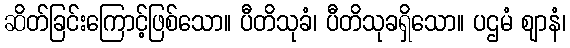
ဆိတ်ခြင်းကြောင့်ဖြစ်သော။ ပီတိသုခံ၊ ပီတိသုခရှိသော။ ပဌမံ ဈာနံ၊